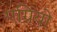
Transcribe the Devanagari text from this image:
एग्नियो